Lunatic asylums Madras 1892-1911 - 1892-1911
Year: 1892
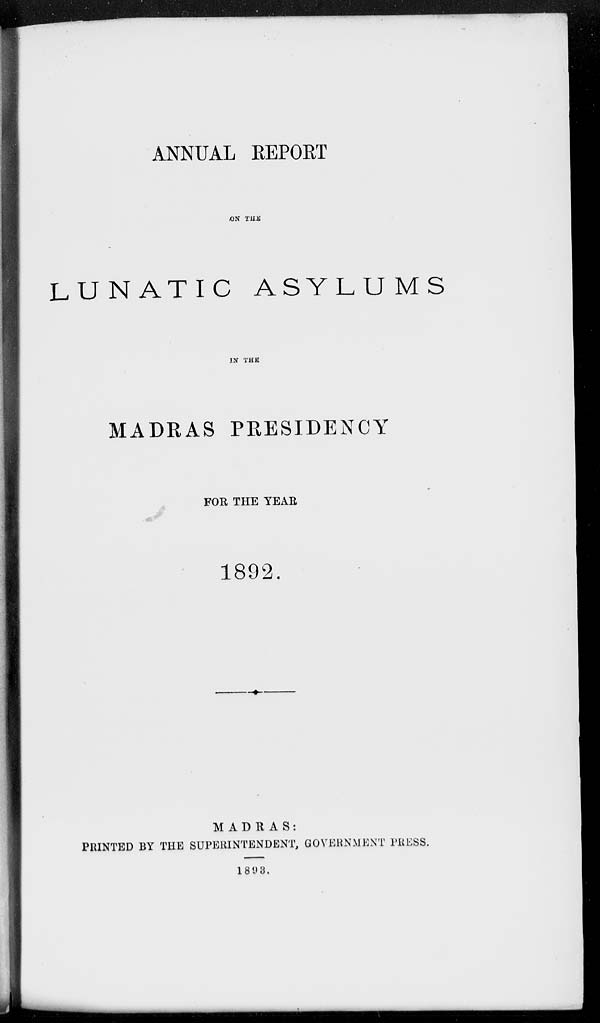
ANNUAL REPORT
ON THE
LUNATIC ASYLUMS
IN THE
MADRAS PRESIDENCY
FOR THE YEAR
1892.
MADRAS:
PRINTED BY THE SUPERINTENDENT, GOVERNMENT PRESS.
1893.